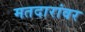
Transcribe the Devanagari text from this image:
मतदारांवर